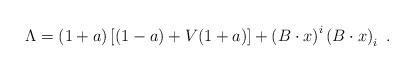
LaTeX: \begin{align*} \Lambda = (1+a)\left[(1-a) + V(1+a)\right] + \left(B\cdot x\right)^i \left(B\cdot x\right)_i~.\end{align*}